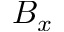
B _ { x }